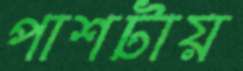
পাশটায়